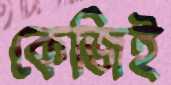
কেজিই